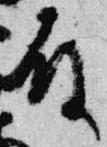
殿